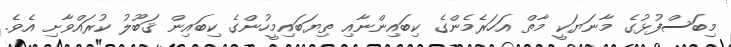
މިބަސްފުޅުގެ މާނަޔަކީ މާތް އަހަރެމެންގެ ކިބައިންނާއި ތިޔަބައިމީހުންގެ ކިބައިން ޤަބޫލު ކުރައްވާށި އެވެ.